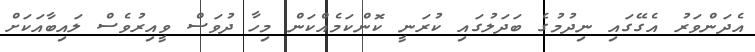
އެދަންވަރު އެގޭގައި ނިދުމުގެ ބަދަލުގައި ކުރަނީ ކޮންކަމެއްކަން މިހާ ދުވަސް ވީއިރުވެސް ލައިބާއަކަށް